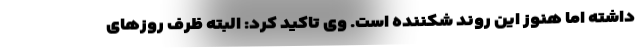
داشته اما هنوز این روند شکننده است. وی تاکید کرد: البته ظرف روزهای